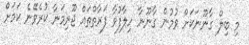
މި ބިލް ގާނޫނަކަށް ވުމުން ގާނޫނާ ހިލާފުވާ ފަރާތްތައް ޖޫރިމަނާ ކުރެވޭނެ ކަމަށް